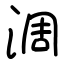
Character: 淍